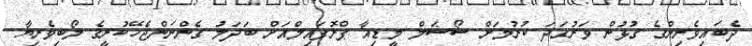
ދެބައިވެރިންގެ ގުޅުން ވަރުގަދަ ކުރުމަށް ސޯޝަލް މީޑިއާ ޕްރޮފައިލްއަށް ބަދަލު ގެންނަންޖެހޭކުރީގެ ލޯބިވެރިޔާ